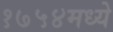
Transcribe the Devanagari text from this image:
१७५४मध्ये